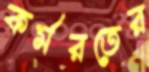
কর্মরতের